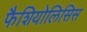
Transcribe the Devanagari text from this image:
फैशियोलिसिस